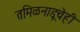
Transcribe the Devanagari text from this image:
तमिळनाडूचेही